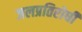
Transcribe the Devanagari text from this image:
जलप्रतिरोधी